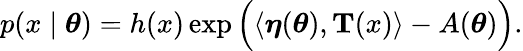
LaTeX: p(x\mid{\boldsymbol{\theta}})=h(x)\exp{\Big(}\langle{\boldsymbol{\eta}}({\boldsymbol{\theta}}),\mathbf{T}(x)\rangle-A({\boldsymbol{\theta}}){\Big)}.